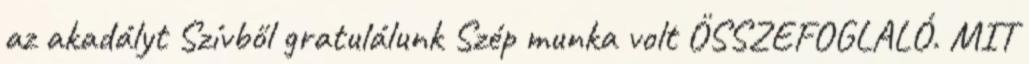
az akadályt Szívből gratulálunk Szép munka volt ÖSSZEFOGLALÓ. MIT